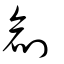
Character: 創